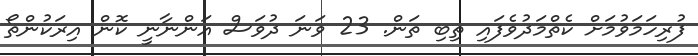
ފުރިހަމަވުމަށް ކެތްމަދުވެފައި ތިބި ތަން. 23 ވަނަ ދުވަސް އަންނާނީ ކޮން އިރަކުންތޯ